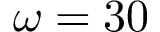
\omega = 3 0